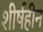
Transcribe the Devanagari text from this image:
शीर्षहीन